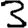
Digit: 3